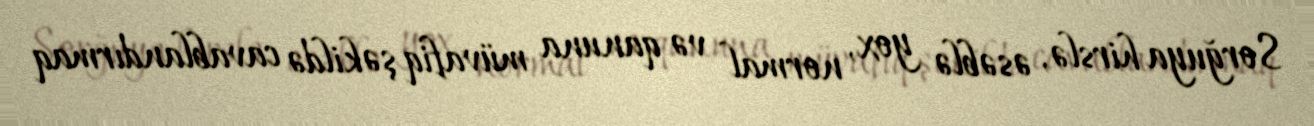
Sorğuya hirslə, əsəblə yox, normal və qanuna müvafiq şəkildə cavablandırmaq